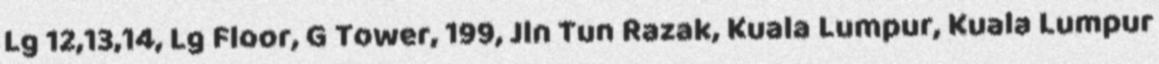
Lg 12,13,14, Lg Floor, G Tower, 199, Jln Tun Razak, Kuala Lumpur, Kuala Lumpur